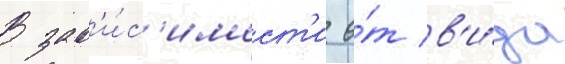
В зав'и́с'имост'и о́т в'и́да